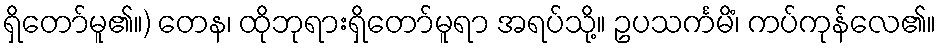
ရှိတော်မူ၏။) တေန၊ ထိုဘုရားရှိတော်မူရာ အရပ်သို့။ ဥပသင်္ကမိံ၊ ကပ်ကုန်လေ၏။